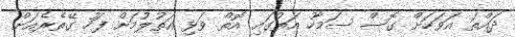
ދައްތަ އަވަހަށް ގޮސް ސަމާހު އަތުގައި އޮތް ވަޅި އަތުލުމަށް ފަހު ގޭތެރެއަށް